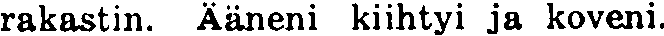
rakastin. Aäneni kiihtyi ja koveni.